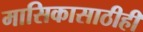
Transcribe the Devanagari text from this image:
मासिकासाठीही